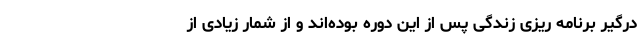
درگیر برنامه ریزی زندگی پس از این دوره بوده‌اند و از شمار زیادی از